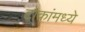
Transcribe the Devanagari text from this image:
टोकांमध्ये